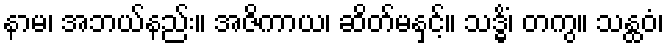
နာမ၊ အဘယ်နည်း။ အဇိကာယ၊ ဆိတ်မနှင့်။ သဒ္ဓိံ၊ တကွ။ သန္ထဝံ၊